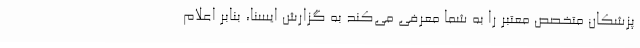
پزشکان متخصص معتبر را به شما معرفی می‌کند به گزارش ایسنا، بنابر اعلام